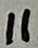
Text: 11